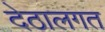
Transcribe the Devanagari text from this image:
देठालगत